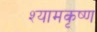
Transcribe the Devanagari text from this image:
श्यामकृष्ण